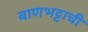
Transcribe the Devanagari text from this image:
बाणभट्टाची